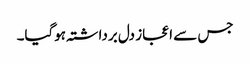
جس سے اعجاز دل برداشتہ ہوگیا۔